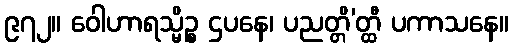
၉၇၂။ ဝေါဟာရသ္မိဉ္စ ဌပနေ၊ ပညတ္တိ’တ္ထီ ပကာသနေ။